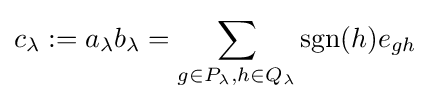
c_{\lambda }:=a_{\lambda }b_{\lambda }=\sum _{g\in P_{\lambda },h\in Q_{\lambda }}\operatorname {sgn}(h)e_{gh}